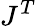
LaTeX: J^{T}